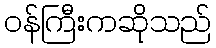
ဝန်ကြီးကဆိုသည်